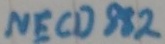
Text: NECD882